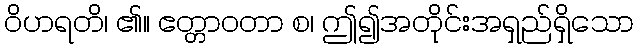
ဝိဟရတိ၊ ၏။ ဧတ္တာဝတာ စ၊ ဤ၍အတိုင်းအရှည်ရှိသော